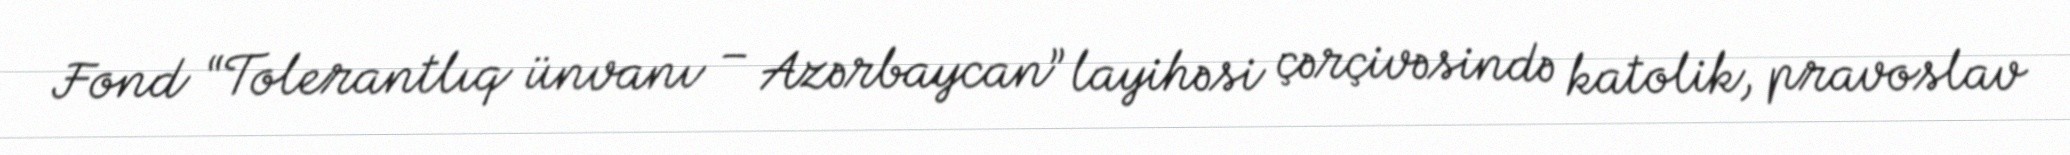
Fond “Tolerantlıq ünvanı – Azərbaycan” layihəsi çərçivəsində katolik, pravoslav